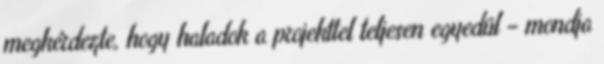
megkérdezte, hogy haladok a projekttel teljesen egyedül – mondja